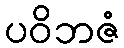
ပဝိဘဇံ